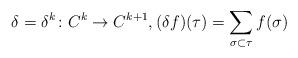
LaTeX: \begin{align*}\delta = \delta^k \colon C^k \rightarrow C^{k+1}, (\delta f)(\tau)= \sum_{\sigma\subset \tau} f(\sigma) \end{align*}